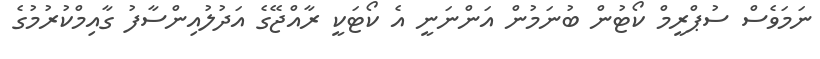
ނަމަވެސް ސުޕްރީމް ކޯޓުން ބުނަމުން އަންނަނީ އެ ކޯޓަކީ ރާއްޖޭގެ އަދުލުއިންސާފު ގާއިމްކުރުމުގެ